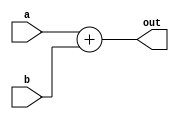
module Add
(
input [63:0] a,
input [63:0] b,
output [63:0] out
);

//always@(*)
assign out = a+b;

endmodule